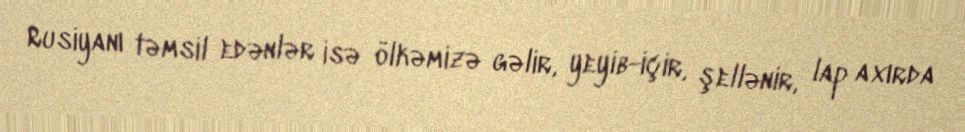
Rusiyanı təmsil edənlər isə ölkəmizə gəlir, yeyib-içir, şellənir, lap axırda